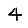
Digit: 4